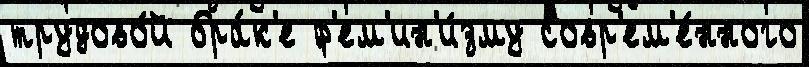
трудово́й бра́к'е ф'ем'ин'и́зму совр'ем'е́нного